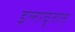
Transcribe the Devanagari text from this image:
इलावृतात्